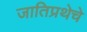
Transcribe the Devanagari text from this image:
जातिप्रथेचे